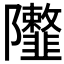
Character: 𨽮